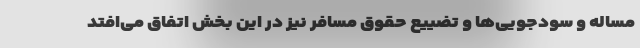
مساله و سودجویی‌ها و تضییع حقوق مسافر نیز در این بخش اتفاق می‌افتد